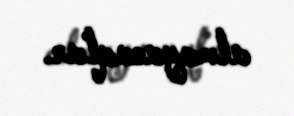
almayacaqlar.